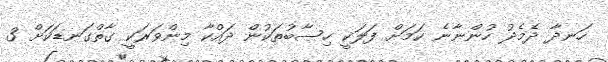
ހަނދާ ދެމެދު ހުންނާނެ ކަމަށް ފަލަކީ ހިސާބުތަކުން ދައްކާ މިންވަރަކީ ގާތްގަނޑަކަށް 3